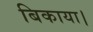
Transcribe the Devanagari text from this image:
बिकाया।